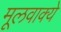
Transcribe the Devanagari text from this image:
मूलवाक्ये